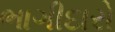
ભાગીદારો